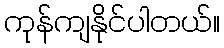
ကုန်ကျနိုင်ပါတယ်။